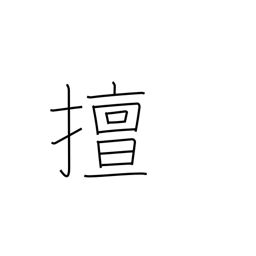
Meaning: self-indulgent